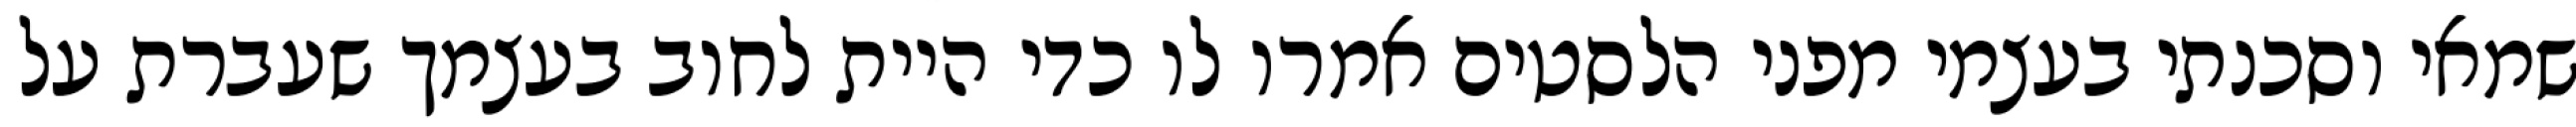
שמאי וסכנתי בעצמי מפני הלסטים אמרו לו כדי היית לחוב בעצמך שעברת על